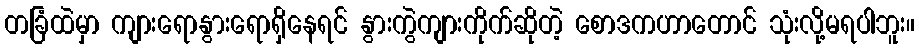
တခြံထဲမှာ ကျားရောနွားရောရှိနေရင် နွားကွဲကျားကိုက်ဆိုတဲ့ စောဒကဟာတောင် သုံးလို့မရပါဘူး။